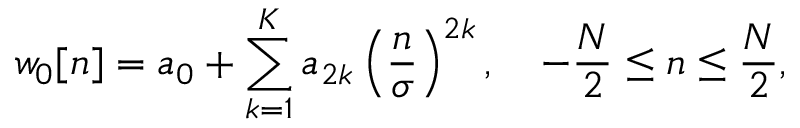
w _ { 0 } [ n ] = a _ { 0 } + \sum _ { k = 1 } ^ { K } a _ { 2 k } \left( { \frac { n } { \sigma } } \right) ^ { 2 k } , \quad - { \frac { N } { 2 } } \leq n \leq { \frac { N } { 2 } } ,